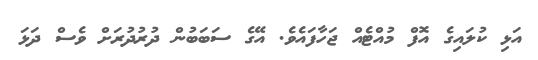
އަޅި ކުލައިގެ އޮފް މުއްޓެއް ޖަހާފައެވެ. އޭގެ ސަބަބުން ދުރުދުރަށް ވެސް ދަޅަ